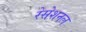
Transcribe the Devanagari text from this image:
रेसेशनल